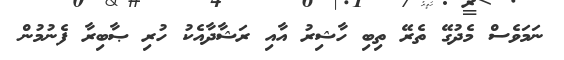
ނަމަވެސް މެދުގޭ ތެރޭ ތިބި ހާޝިރު އާއި ރަޝާދާއެކު ހުރި ޞާބިރާ ފެނުމުން